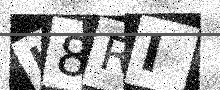
Text: J8RI